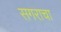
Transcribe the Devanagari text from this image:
सगराचा